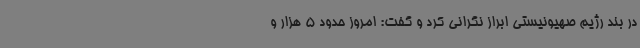
در بند رژیم صهیونیستی ابراز نگرانی کرد و گفت: امروز حدود 5 هزار و